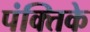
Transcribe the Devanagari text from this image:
पंक्तिके